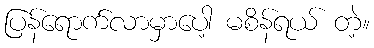
ပြန်ရောက်လာမှာပေါ့ မစိန်ရယ် တဲ့။